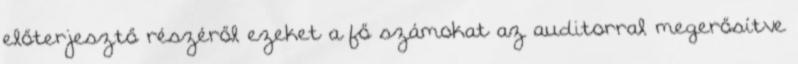
előterjesztő részéről ezeket a fő számokat az auditorral megerősítve